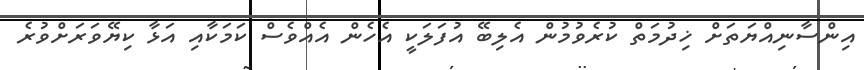
އިންސާނިއްޔަތަށް ޚިދުމަތް ކުރެވުމުން އެލިބޭ އުފަލަކީ އެހެން އެއްވެސް ކަމަކާއި އަޅާ ކިޔޭވަރަށްވުރެ